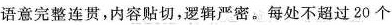
语意完整连贯，内容贴切，逻辑严密。每处不超过20个